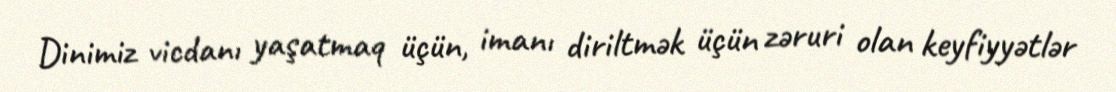
Dinimiz vicdanı yaşatmaq üçün, imanı diriltmək üçün zəruri olan keyfiyyətlər